Indian journal of veterinary science and animal husbandry - Volume 5,
Year: 1935
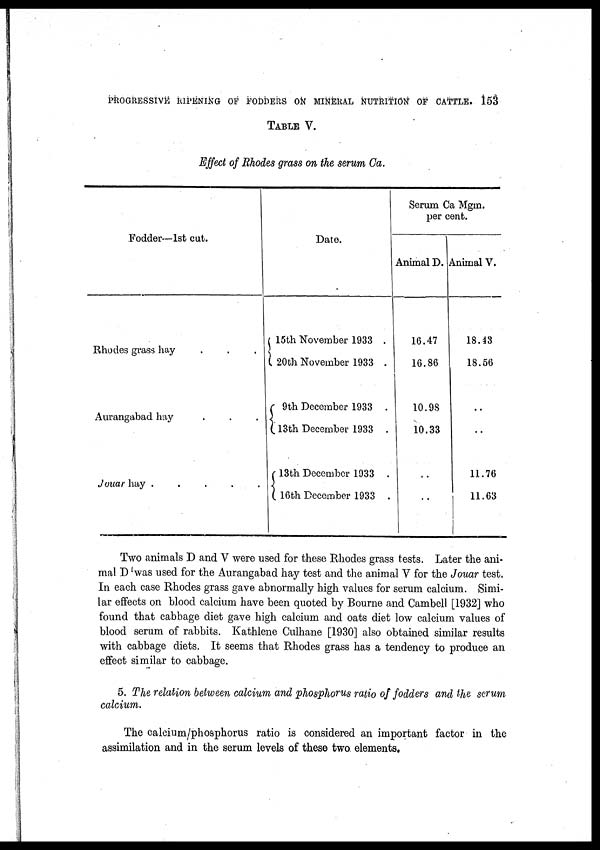
PROGRESSIVE RIPENING OF FODDERS ON MINERAL NUTRITION OF CATTLE. 153
TABLE V.
Effect of Rhodes grass on the serum Ca.
Fodder—1st cut.
Rhodes grass hay . . .
Aurangabad hay . . .
Jonar hay . . . . .
Date.
15th November 1933 .
20th November 1933 .
9th December 1933 .
13th December 1933 .
13th December 1933 .
16th December 1933 .
Serum Ca Mgm.
per cent.
Animal D.
16.47
16.86
10.98
10.33
..
..
Animal V.
18.43
18.56
..
..
11.76
11.63
Two animals D and V were used for these Rhodes grass tests. Later the ani-
mal D was used for the Aurangabad hay test and the animal V for the Jouar test.
In each case Rhodes grass gave abnormally high values for serum calcium. Simi-
lar effects on blood calcium have been quoted by Bourne and Cambell [1932] who
found that cabbage diet gave high calcium and oats diet low calcium values of
blood serum of rabbits. Kathlene Culhane [1930] also obtained similar results
with cabbage diets. It seems that Rhodes grass has a tendency to produce an
effect similar to cabbage.
5. The relation between calcium and phosphorus ratio of fodders and the serum
calcium.
The calcium/phosphorus ratio is considered an important factor in the
assimilation and in the serum levels of these two elements.